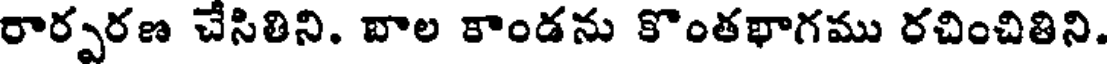
రార్పరణ చేసితిని. బాల కాండను కొంతథాగము రచించితిని.